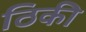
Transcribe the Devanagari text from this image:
ठिकी